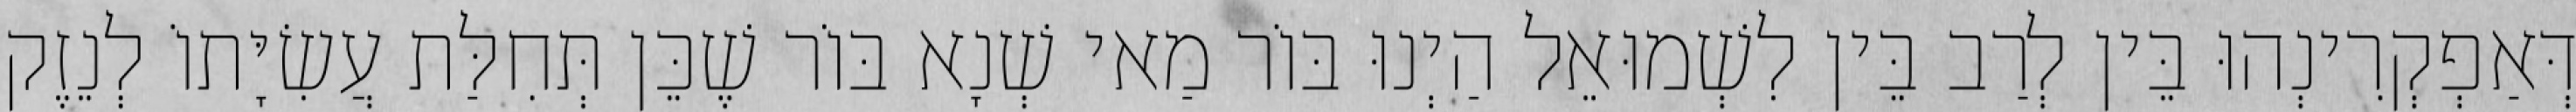
דְּאַפְקְרִינְהוּ בֵּין לְרַב בֵּין לִשְׁמוּאֵל הַיְנוּ בּוֹר מַאי שְׁנָא בּוֹר שֶׁכֵּן תְּחִלַּת עֲשִׂיָּתוֹ לְנֵזֶק